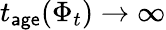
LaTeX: t_{\mathsf{age}}(\Phi_{t})\to\infty